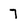
Character: 7